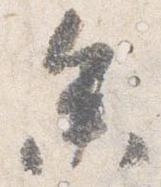
参